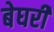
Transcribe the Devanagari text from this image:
बेघरी